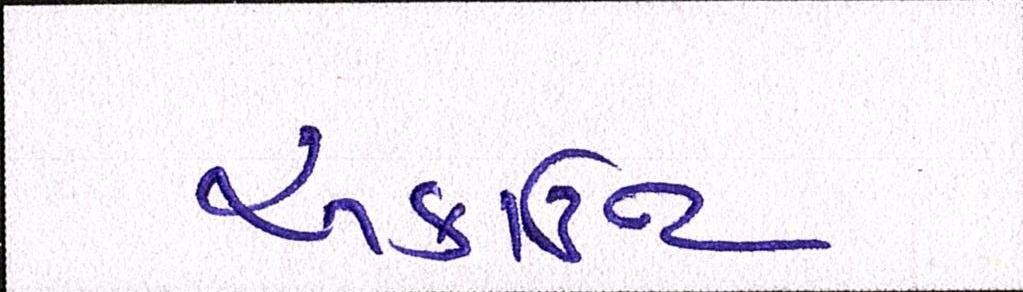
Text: અકાઉન્ટ